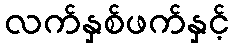
လက်နှစ်ဖက်နှင့်